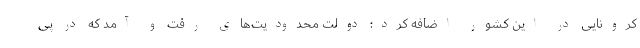
کرونایی در این کشور اضافه کرد: دولت محدودیت‌های رفت و آمد که در پی